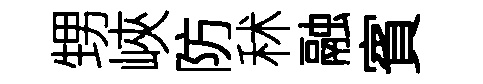
甥峽防秫融賓